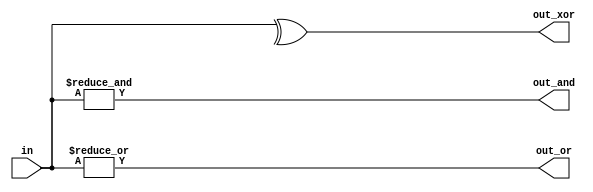
//https://hdlbits.01xz.net/wiki/Gates4

module top_module(
    input [3:0] in,
    output out_and,
    output out_or,
    output out_xor
);
    assign out_and = &in;
    assign out_or = |in;
    assign out_xor = ^in;
endmodule